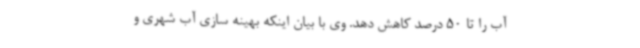
آب را تا 50 درصد کاهش دهد. وی با بیان اینکه بهینه سازی آب شهری و